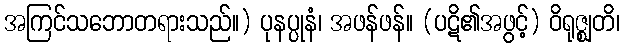
အကြင်သဘောတရားသည်။) ပုနပ္ပုနံ၊ အဖန်ဖန်။ (ပဋိ၏အဖွင့်) ဝိရုဇ္ဈတိ၊